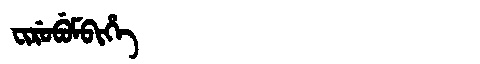
Manchu: ᠸᡳᡵᡠᠪᡠᠮᠪᡳᡥᡝ
Romanization: FIRUBUMBIHE